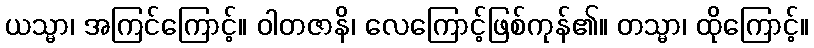
ယသ္မာ၊ အကြင်ကြောင့်။ ဝါတဇာနိ၊ လေကြောင့်ဖြစ်ကုန်၏။ တသ္မာ၊ ထိုကြောင့်။